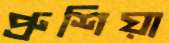
প্রুশিয়া